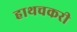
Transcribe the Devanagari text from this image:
हाथचकरी